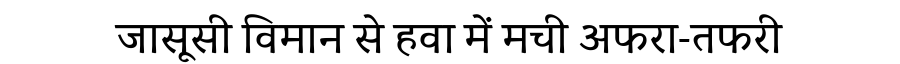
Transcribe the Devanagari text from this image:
जासूसी विमान से हवा में मची अफरा-तफरी